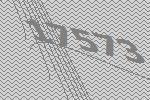
17573